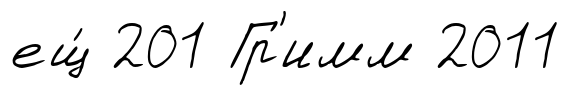
ещ́ 201 Гр'имм 2011